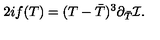
2 i f ( T ) = ( T - { \bar { T } } ) ^ { 3 } \partial _ { \bar { T } } { \cal I } .